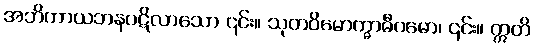
အဘိကာယဘနပဋိလာသော ၎င်း။ သုတဝိမောက္ဓာဓီဂမော၊ ၎င်း။ ဣတိ